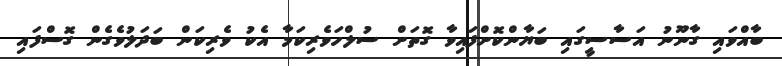
ބާއްވައި ގާނޫނު އަސާސީގައި ބަޔާންކޮށްފައިވާ ގޮތަށް ސުލްހަވެރިކަމާ އެކު ވެރިކަން ބަދަލުވެގެން ގޮސްފައި